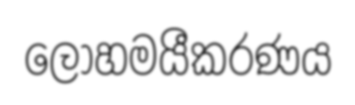
ලෝහමයීකරණය